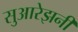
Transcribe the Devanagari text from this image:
सुआरेझनी